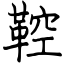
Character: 鞚